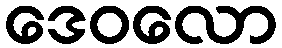
ဒေဝလော